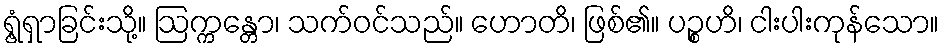
ရွံ့ရှာခြင်းသို့။ ဩက္ကန္တော၊ သက်ဝင်သည်။ ဟောတိ၊ ဖြစ်၏။ ပဉ္စဟိ၊ ငါးပါးကုန်သော။